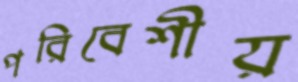
পরিবেশীয়